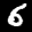
Label: 6